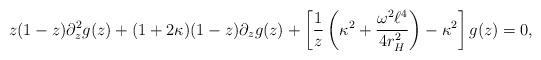
LaTeX: \begin{align*} z(1-z)\partial_{z}^2 g(z) + (1 + 2 \kappa )(1-z)\partial_{z} g(z) + \left[ \frac{1}{z} \left(\kappa^2 + \frac{\omega^2 \ell^4}{4 r_{H}^2}\right) - \kappa^2 \right]g(z) = 0,\end{align*}